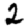
Digit: 2